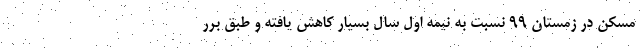
مسکن در زمستان ۹۹ نسبت به نیمه اول سال بسیار کاهش یافته و طبق برر